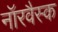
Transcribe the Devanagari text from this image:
नॉरवैस्क